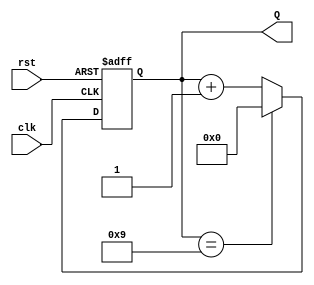
module decade_counter (
    input wire clk,        // Clock input
    input wire rst,        // Asynchronous reset input
    output reg [3:0] Q     // 4-bit output for the count
);

// Always block for the counter logic
always @(posedge clk or posedge rst) begin
    if (rst) begin
        Q <= 4'b0000;     // Reset the counter to 0
    end else begin
        if (Q == 4'b1001) begin
            Q <= 4'b0000; // Reset to 0 when reaching 9
        end else begin
            Q <= Q + 1;   // Increment the counter
        end
    end
end

endmodule